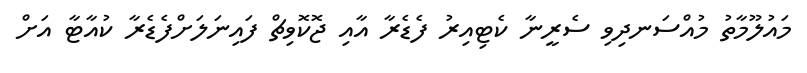
މައުލޫމާތު މުއްސަނދިވި ސެރީނާ ކެޓިއިރު ފެޑެރާ އާއި ޖޮކޮވިޗް ފައިނަލަށްފެޑެރާ ކުއާޓާ އަށް